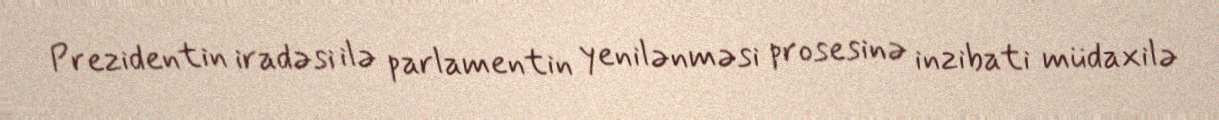
Prezidentin iradəsi ilə parlamentin yenilənməsi prosesinə inzibati müdaxilə